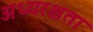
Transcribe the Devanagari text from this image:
अध्यरक्षता